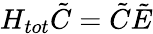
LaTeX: H_{tot}\tilde{C}=\tilde{C}\tilde{E}